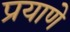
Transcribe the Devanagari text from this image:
प्रयाणे